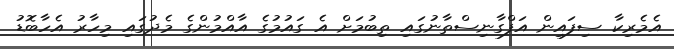
އެމެރިކާ ސިފައިން އަފްގާނިސްތާނުގައި ތިބުމަށް އެ ގައުމުގެ އާއްމުންގެ މެދުގައި މިހާރު އެހާބޮޑު